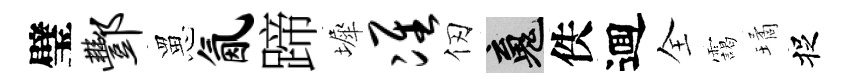
璧酆罳氤蹄墀准仞魂佚逥全靄璚捉